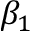
\beta _ { 1 }